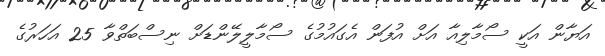
އަޔާން އަކީ ސޯމާލިއާ އަށް އުފަން އެގައުމުގެ ސޯމާލީލޭންޑަށް ނިސްބަތްވާ 25 އަހަރުގެ